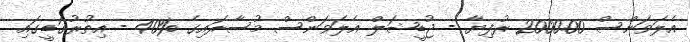
އެލަވަންސް 2000.00 ރުފިޔާ - ޖުޑީޝަލް އެލަވަންސް މުސާރައިގެ %40 - އިތުރުގަޑީގައި